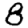
Digit: 8